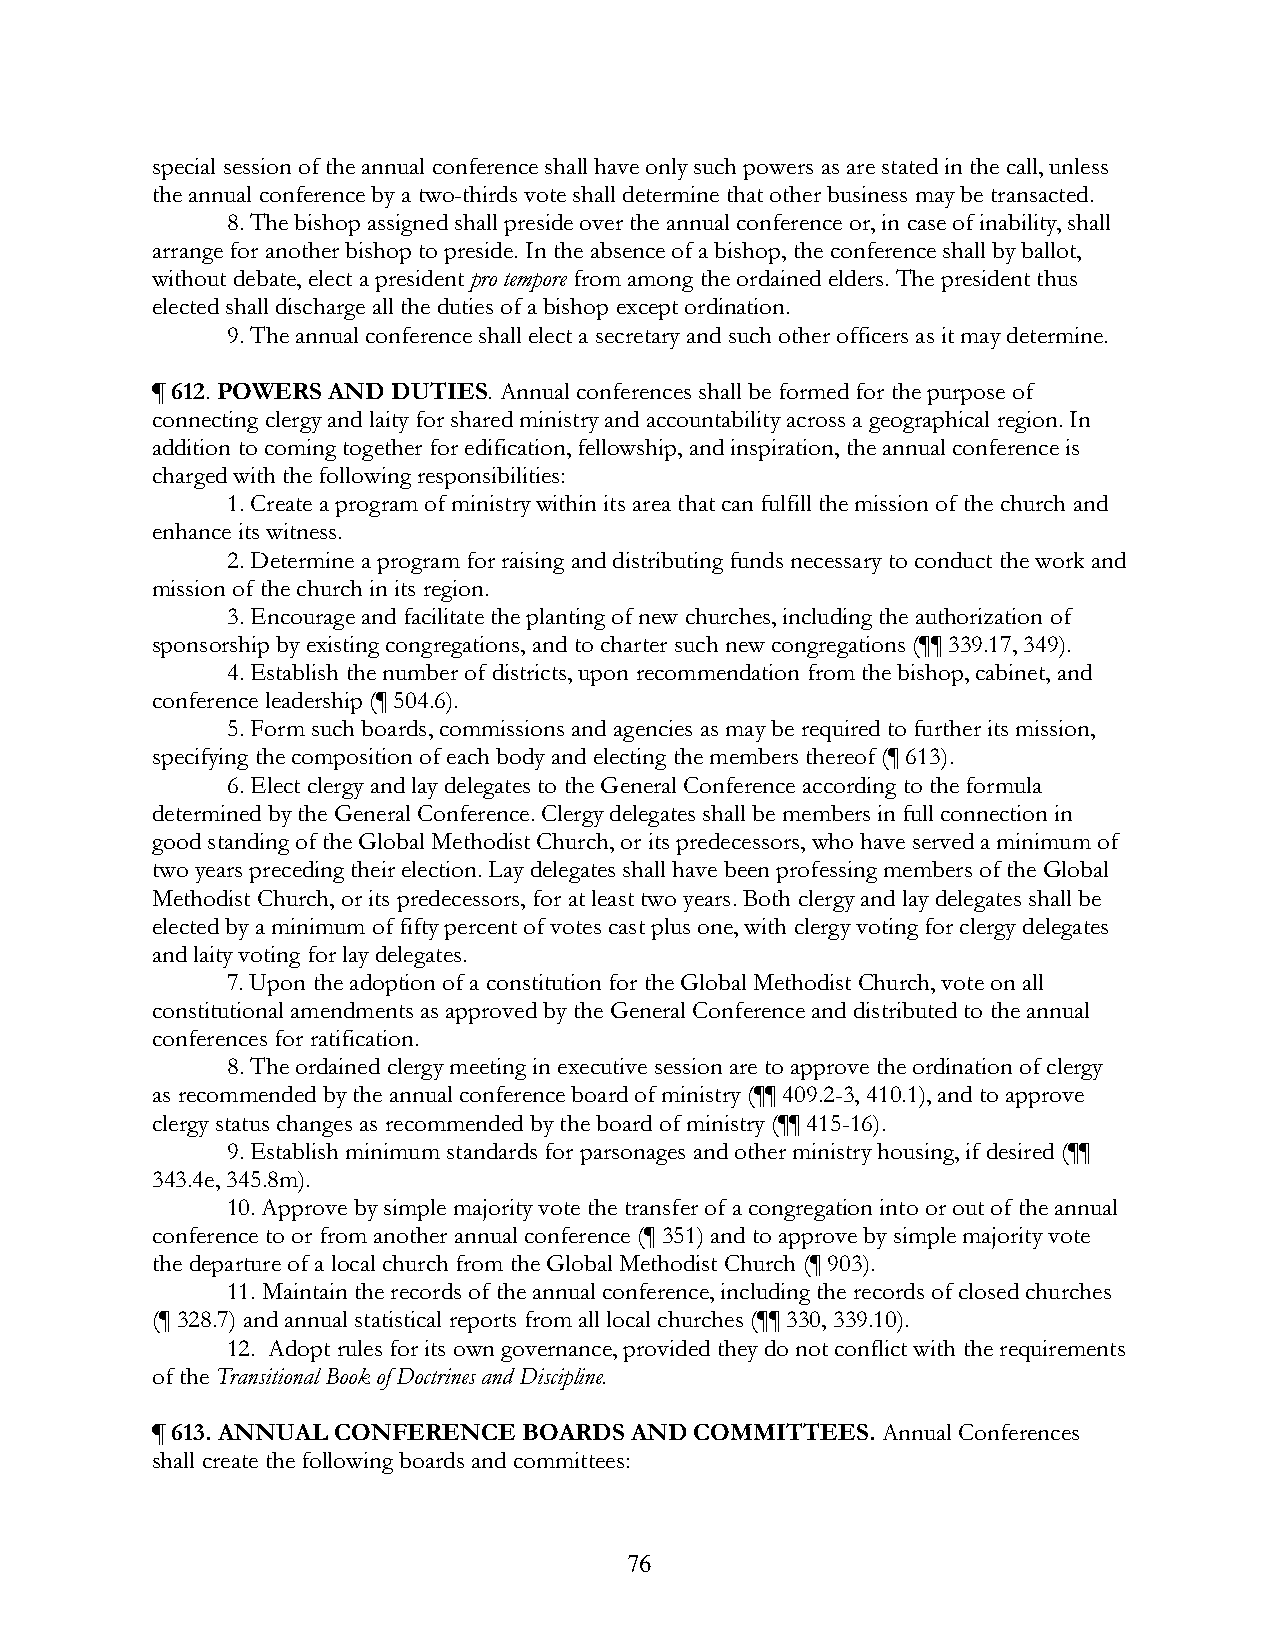
special session of the annual conference shall have only such powers as are stated in the call, unless
 the annual conference by a two-thirds vote shall determine that other business may be transacted.
 8. The bishop assigned shall preside over the annual conference or, in case of inability, shall
 arrange for another bishop to preside. In the absence of a bishop, the conference shall by ballot,
 without debate, elect a president pro tempore from among the ordained elders. The president thus
 elected shall discharge all the duties of a bishop except ordination.
 9. The annual conference shall elect a secretary and such other officers as it may determine.
 ¶ 612. POWERS AND DUTIES. Annual conferences shall be formed for the purpose of
 connecting clergy and laity for shared ministry and accountability across a geographical region. In
 addition to coming together for edification, fellowship, and inspiration, the annual conference is
 charged with the following responsibilities:
 1. Create a program of ministry within its area that can fulfill the mission of the church and
 enhance its witness.
 2. Determine a program for raising and distributing funds necessary to conduct the work and
 mission of the church in its region.
 3. Encourage and facilitate the planting of new churches, including the authorization of
 sponsorship by existing congregations, and to charter such new congregations (¶¶ 339.17, 349).
 4. Establish the number of districts, upon recommendation from the bishop, cabinet, and
 conference leadership (¶ 504.6).
 5. Form such boards, commissions and agencies as may be required to further its mission,
 specifying the composition of each body and electing the members thereof (¶ 613).
 6. Elect clergy and lay delegates to the General Conference according to the formula
 determined by the General Conference. Clergy delegates shall be members in full connection in
 good standing of the Global Methodist Church, or its predecessors, who have served a minimum of
 two years preceding their election. Lay delegates shall have been professing members of the Global
 Methodist Church, or its predecessors, for at least two years. Both clergy and lay delegates shall be
 elected by a minimum of fifty percent of votes cast plus one, with clergy voting for clergy delegates
 and laity voting for lay delegates.
 7. Upon the adoption of a constitution for the Global Methodist Church, vote on all
 constitutional amendments as approved by the General Conference and distributed to the annual
 conferences for ratification.
 8. The ordained clergy meeting in executive session are to approve the ordination of clergy
 as recommended by the annual conference board of ministry (¶¶ 409.2-3, 410.1), and to approve
 clergy status changes as recommended by the board of ministry (¶¶ 415-16).
 9. Establish minimum standards for parsonages and other ministry housing, if desired (¶¶
 343.4e, 345.8m).
 10. Approve by simple majority vote the transfer of a congregation into or out of the annual
 conference to or from another annual conference (¶ 351) and to approve by simple majority vote
 the departure of a local church from the Global Methodist Church (¶ 903).
 11. Maintain the records of the annual conference, including the records of closed churches
 (¶ 328.7) and annual statistical reports from all local churches (¶¶ 330, 339.10).
 12. Adopt rules for its own governance, provided they do not conflict with the requirements
 of the Transitional Book of Doctrines and Discipline.
 ¶ 613. ANNUAL CONFERENCE BOARDS AND COMMITTEES. Annual Conferences
 shall create the following boards and committees:
 76